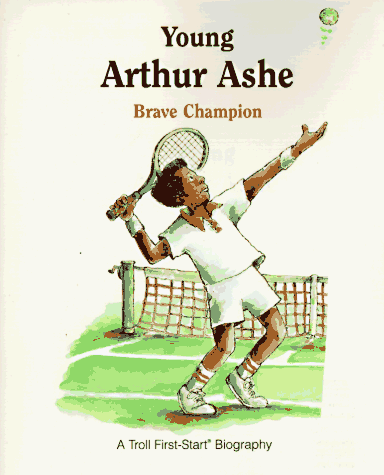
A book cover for Young Arthur Ashe: Brave Champion (A Troll First-Start Biography); Robin Dexter; Children's Books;